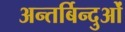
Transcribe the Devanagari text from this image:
अन्तर्बिन्दुओं